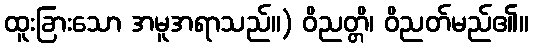
ထူးခြားသော အမူအရာသည်။) ဝိညတ္တိ၊ ဝိညတ်မည်၏။